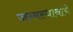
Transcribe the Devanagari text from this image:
जन्मस्थानाचे